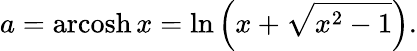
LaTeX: a=\operatorname{arcosh}x=\ln\left(x+{\sqrt{x^{2}-1}}\right).